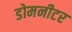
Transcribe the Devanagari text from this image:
डोमनीटर